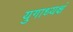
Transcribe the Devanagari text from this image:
युगाध्यक्षं